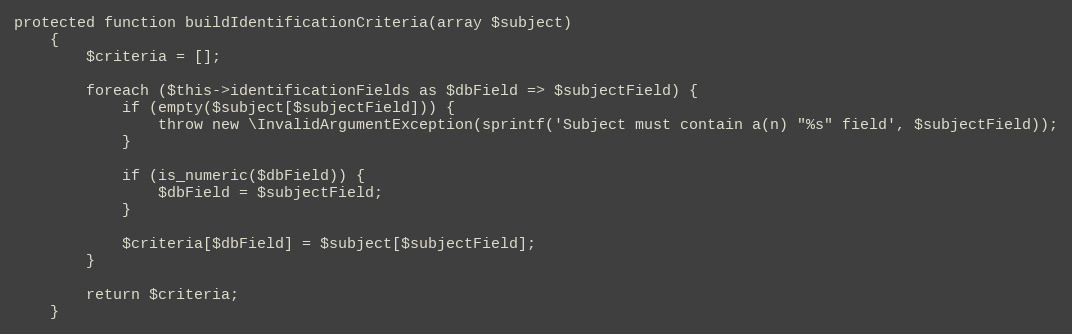
Language: PHP
protected function buildIdentificationCriteria(array $subject)
    {
        $criteria = [];

        foreach ($this->identificationFields as $dbField => $subjectField) {
            if (empty($subject[$subjectField])) {
                throw new \InvalidArgumentException(sprintf('Subject must contain a(n) "%s" field', $subjectField));
            }

            if (is_numeric($dbField)) {
                $dbField = $subjectField;
            }

            $criteria[$dbField] = $subject[$subjectField];
        }

        return $criteria;
    }